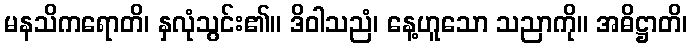
မနသိကရောတိ၊ နှလုံသွင်း၏။ ဒိဝါသညံ၊ နေ့ဟူသော သညာကို။ အဓိဋ္ဌာတိ၊